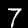
Digit: 7